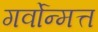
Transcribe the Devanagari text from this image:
गर्वोन्मत्त